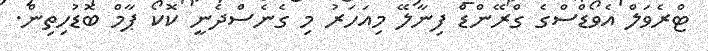
ޓްރެވަލް އެވޯޑްސްގެ ގްރޭންޑް ފިނާލޭ މިއަހަރު މި ގެނެސްދެނީ ކޮކޯ ޕާމް ބޮޑުހިތިން.